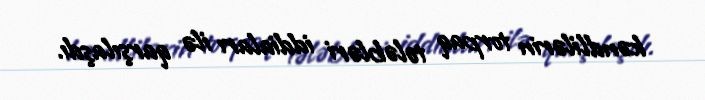
kəndlilərin torpaq tələbləri iddiaları ilə qarşılaşdı.